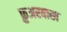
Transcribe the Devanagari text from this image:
फ़ुअरबाख